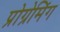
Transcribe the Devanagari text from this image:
प्रोग्रेमिंग